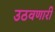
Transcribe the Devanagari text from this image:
उठवणारी